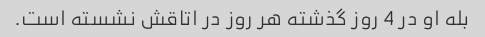
بله او در 4 روز گذشته هر روز در اتاقش نشسته است.